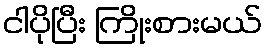
ငါပိုပြီး ကြိုးစားမယ်